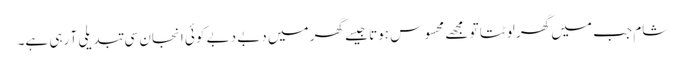
شام جب میں گھر لوٹتا تو مجھے محسوس ہوتا جیسے گھر میں دبے دبے کوئی انجان سی تبدیلی آ رہی ہے۔